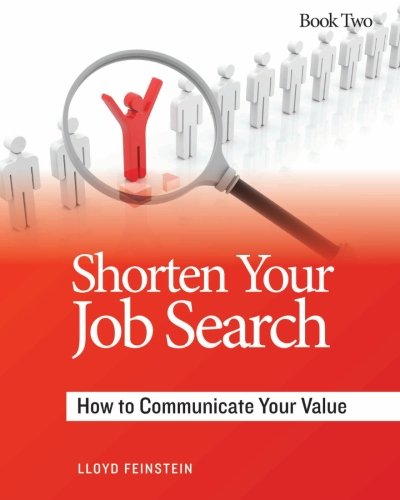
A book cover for Shorten Your Job Search: How to Communicate Your Value; Lloyd Feinstein; Business & Money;